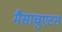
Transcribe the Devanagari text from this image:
मैसाचुएटस